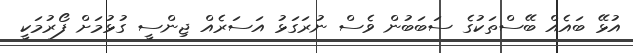
އުޅޭ ބައެއް ބޭސްތަކުގެ ސަބަބުން ވެސް ނުރަގަޅު އަސަރެއް ޖިންސީ ގުޅުމަށް ފޯރުމަކީ